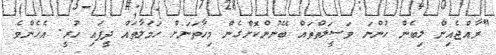
"ރާއްޖެއިން ލިބެން ހުންނަ ވަސީލަތްތައް ބޭނުންކޮށްގެން މިހާތަނަށް ހަމަލާތައް ދީފައި ހުރީ. އެހެންވެ